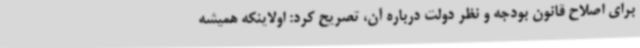
برای اصلاح قانون بودجه و نظر دولت درباره آن، تصریح کرد: اولاینکه همیشه